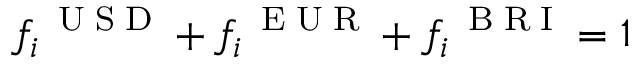
f _ { i } ^ { \mathrm { ~ \tiny ~ U ~ S ~ D ~ } } + f _ { i } ^ { \mathrm { ~ \tiny ~ E ~ U ~ R ~ } } + f _ { i } ^ { \mathrm { ~ \tiny ~ B ~ R ~ I ~ } } = 1